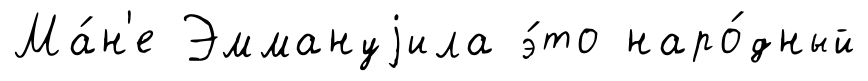
Ма́н'е Эммануjила э́то наро́дный